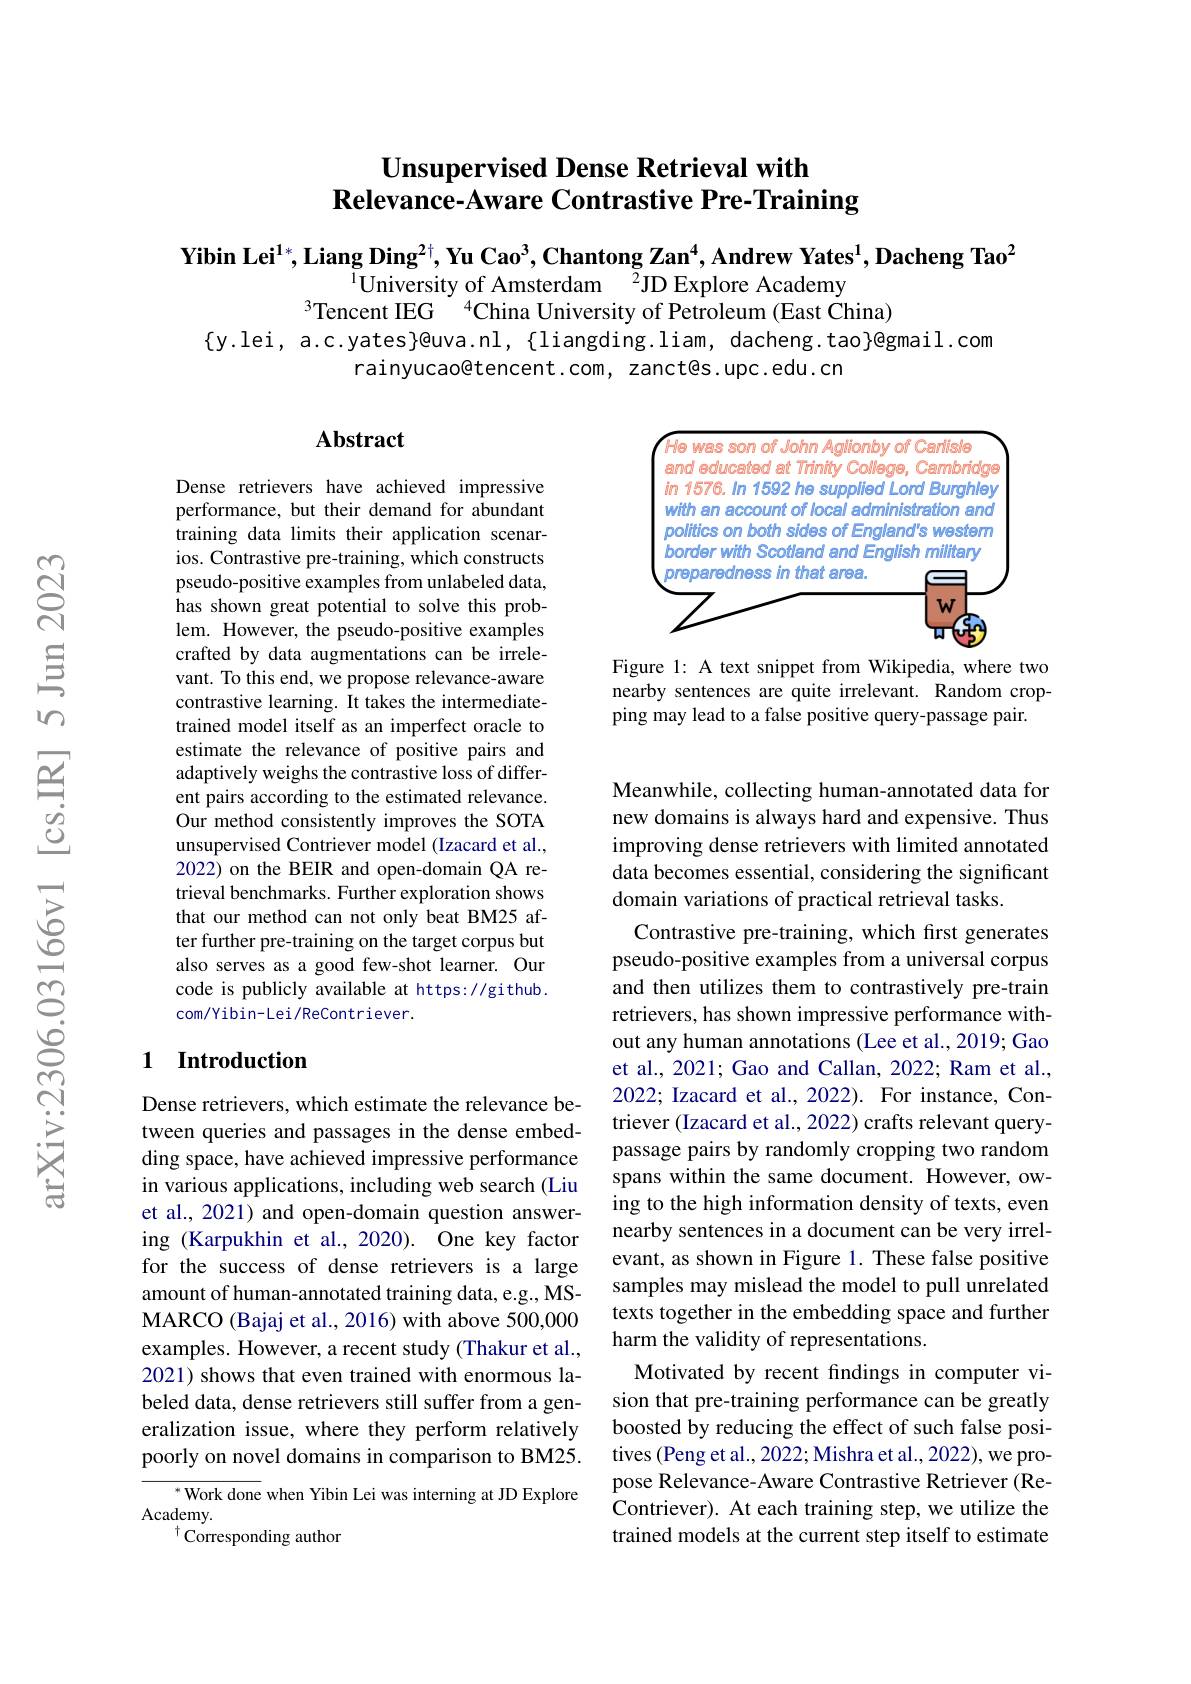
# Unsupervised Dense Retrieval with $\dot{\textbf{Relevance-Aware Contrastive Pre-Training}}$

Yibin Lei$^1*$,Liang Ding$^2\dagger,\textbf{Yu Cao}^3,\textbf{Chantong Zan}^4,\textbf{Andrew Yates}^1,\textbf{Dacheng Tao}^2$
$^{1}$University of Amsterdam$^{2}$JD Explore Academy
$^{3}$Tencent IEG$^{4}$China University of Petroleum (East $\dot{\text{China)}}$
$\{$y.lei, a.c.yates}@uva.nl,{liangding.liam, dacheng.tao}@gmail.com
rainyucao@tencent.com, zanct@s.upc.edu.cn

## Abstract

<FigureHere>

Figure 1: A text snippet from Wikipedia, where two nearby sentences are quite irrelevant. Random cropping may lead to a false positive query-passage pair.

Dense retrievers have achieved impressive performance, but their demand for abundant training data limits their application scenarios. Contrastive pre-training, which constructs pseudo-positive examples from unlabeled data, has shown great potential to solve this problem. However, the pseudo-positive examples crafted by data augmentations can be irrelevant. To this end, we propose relevance-aware contrastive learning. It takes the intermediatetrained model itself as an imperfect oracle to estimate the relevance of positive pairs and adaptively weighs the contrastive loss of different pairs according to the estimated relevance. Our method consistently improves the SOTA unsupervised Contriever model (Izacard et al., 2022) on the BEIR and open-domain QA retrieval benchmarks. Further exploration shows that our method can not only beat BM25 after further pre-training on the target corpus but also serves as a good few-shot learner. Our code is publicly available at https://github. com/Yibin-Lei/ReContriever.

## 1 Introduction

Meanwhile, collecting human-annotated data for new domains is always hard and expensive. Thus improving dense retrievers with limited annotated data becomes essential, considering the significant domain variations of practical retrieval tasks.
Contrastive pre-training, which first generates pseudo-positive examples from a universal corpus and then utilizes them to contrastively pre-train retrievers, has shown impressive performance without any human annotations (Lee et al., 2019; Gao et al., 2021; Gao and Callan, 2022; Ram et al., 2022; Izacard et al., 2022). For instance, Contriever (Izacard et al., 2022) crafts relevant querypassage pairs by randomly cropping two random spans within the same document. However, owing to the high information density of texts, even nearby sentences in a document can be very irrelevant, as shown in Figure 1. These false positive samples may mislead the model to pull unrelated texts together in the embedding space and further harm the validity of representations.
Motivated by recent findings in computer vision that pre-training performance can be greatly boosted by reducing the effect of such false positives (Peng et al., 2022; Mishra et al., 2022), we propose Relevance-Aware Contrastive Retriever (ReContriever). At each training step, we utilize the trained models at the current step itself to estimate

Dense retrievers, which estimate the relevance between queries and passages in the dense embedding space, have achieved impressive performance in various applications, including web search (Liu et al., 2021) and open-domain question answering (Karpukhin et al., 2020). One key factor for the success of dense retrievers is a large amount of human-annotated training data, e.g., MSMARCO (Bajaj et al., 2016) with above 500,000 examples. However, a recent study (Thakur et al., 2021) shows that even trained with enormous labeled data, dense retrievers still suffer from a generalization issue, where they perform relatively poorly on novel domains in comparison to BM25.
${^{*}\text{Work done}}$ when Yibin Lei was interning at JD Explore
$\mathop{\mathrm{Academy}}_{+}$
$^{\dagger}$Corresponding author